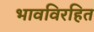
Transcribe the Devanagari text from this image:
भावविरहित